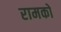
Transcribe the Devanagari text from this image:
रामको